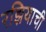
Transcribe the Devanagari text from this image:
रझियाची